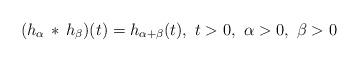
LaTeX: \begin{align*}(h_\alpha\, *\, h_\beta)(t) = h_{\alpha+\beta}(t),\ t>0,\ \alpha>0,\ \beta >0\end{align*}